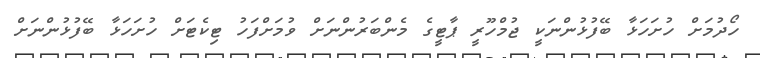
ހޯދުމަށް ހުށަހަޅާ ބޭފުޅުންނަކީ ޖުމްހޫރީ ޕާޓީގެ މެންބަރުންނަށް ވުމަށްފަހު ޓިކެޓަށް ހުށަހަޅާ ބޭފުޅުންނަށް